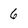
Character: 6